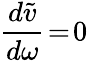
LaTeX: \frac{d\widetilde{v}}{d\omega}\! =\! 0